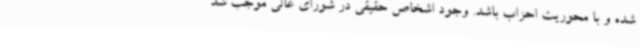
شده و با محوریت احزاب باشد. وجود اشخاص حقیقی در شورای عالی موجب شد